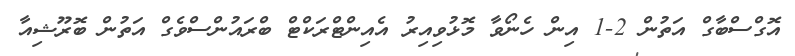
އޮގްސްބާގް އަތުން 2-1 އިން ހެނޯވާ މޮޅުވިއިރު އެއިންޓްރަކްޓް ބްރައުންސްވެގް އަތުން ބޮރޫޝިއާ